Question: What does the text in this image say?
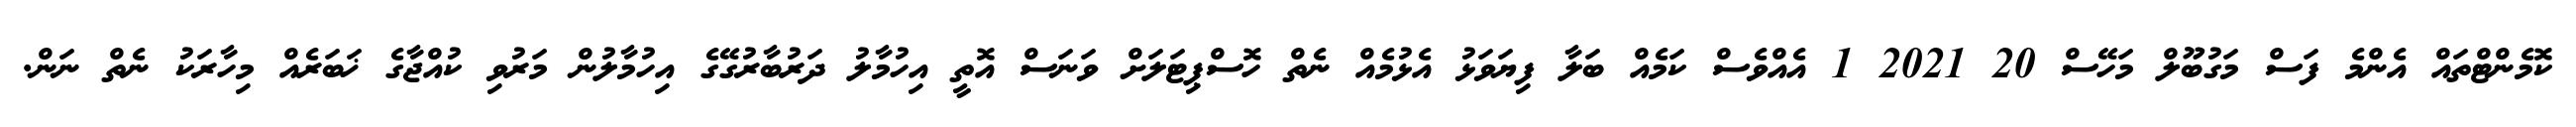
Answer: ކޮމެންޓްތައް އެންމެ ފަސް މަގުބޫލް މަހޭސް 20 2021 1 އެއްވެސް ކަމެއް ބަލާ ފިޔަވަޅު އެޅުމެއް ނެތް ހޮސްޕިޓަލަށް ވަނަސް އޮތީ އިހުމާލު ދަރުބާރުގޭގެ އިހުމާލުން މަރުވި ކުއްޖާގެ ޚަބަރެއް މިހާރަކު ނެތް ނަން.